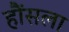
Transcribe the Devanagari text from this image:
हौंसला